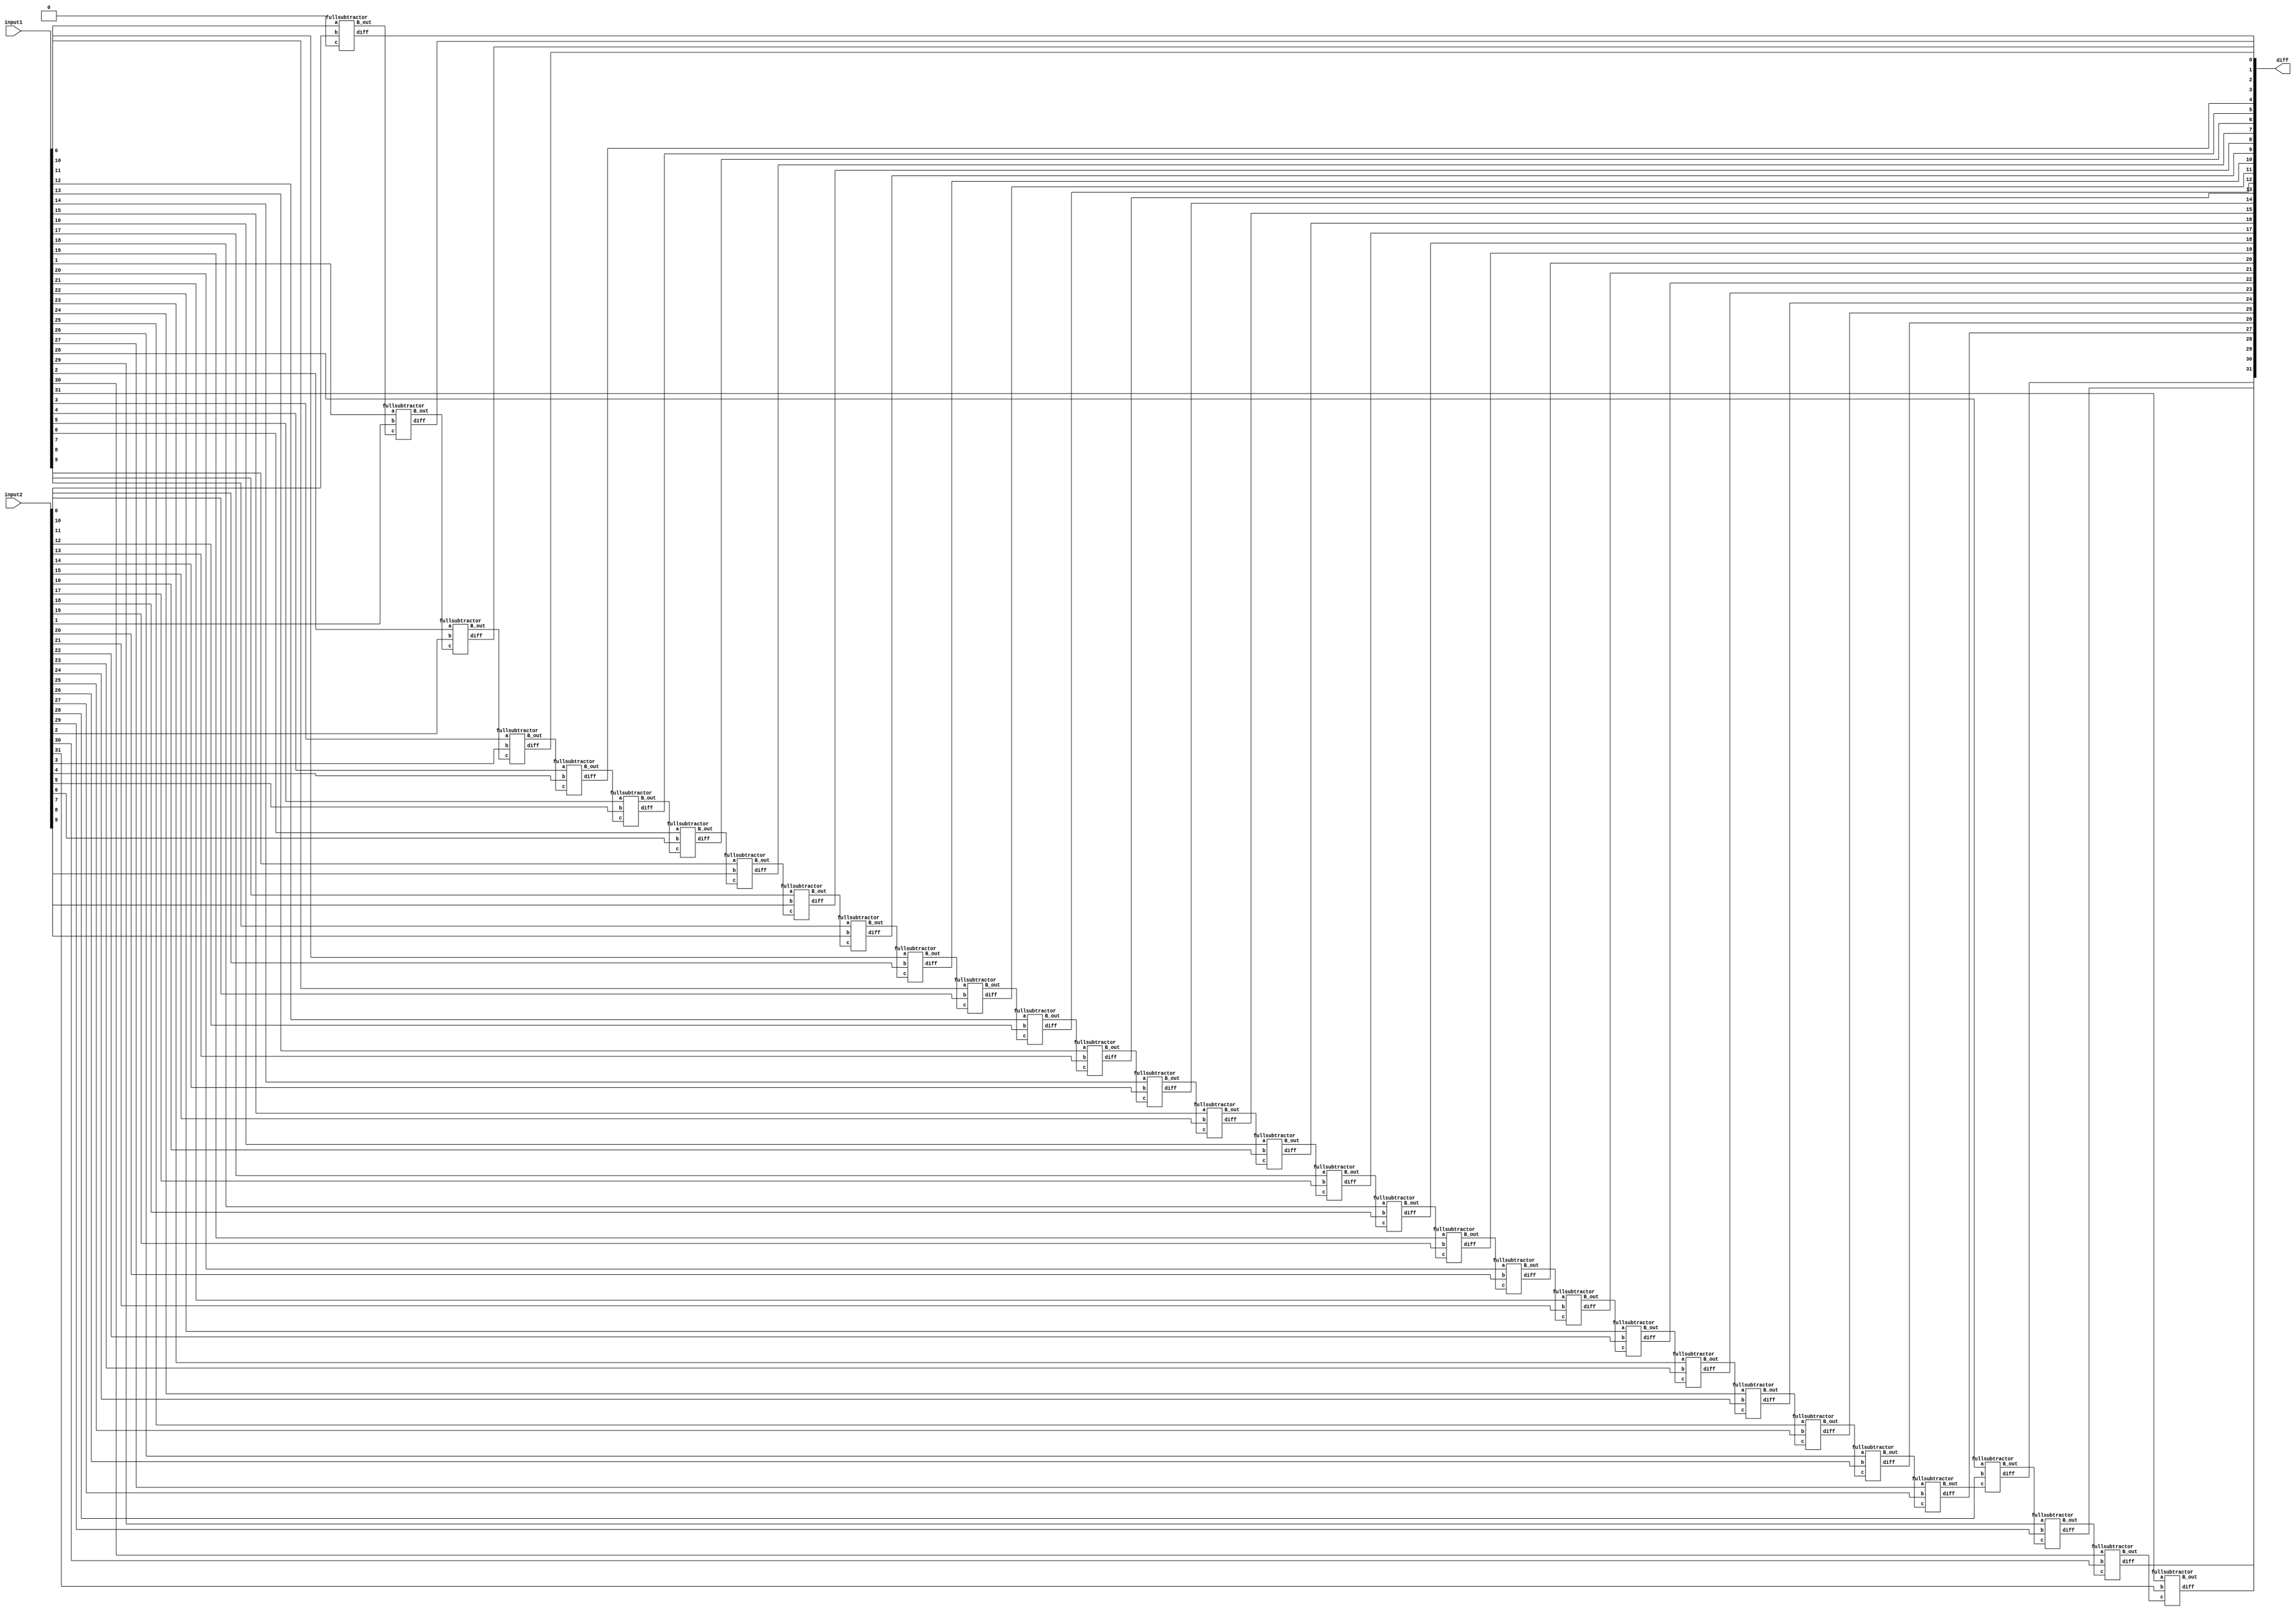
module subtractor32bit(input1, input2, diff);
input [31:0] input1, input2;
output [31:0] diff;

wire [32:0] borrow;
assign borrow[0] = 0;

genvar i;

for(i=0; i<32; i=i+1) begin
    fullsubtractor f(.a(input1[i]), .b(input2[i]), .c(borrow[i]), .B_out(borrow[i+1]), .diff(diff[i]));
end
endmodule


module fullsubtractor(a, b, c, diff, B_out);
input a, b, c;
output diff, B_out;

wire diff, B_out;
wire a1, a2, xo1;

// assign diff = a ^ b ^ c;
xor x1(diff, a, b, c);

// assign a1 = (c & ~(a ^ b));
// assign a2 = (~a & b);
// assign B_out = a1 | a2;
xor x2(xo1, a, b);
and A1(a1, c, ~xo1);
and A2(a2, ~a, b); 
or o1(B_out, a1, a2);

endmodule